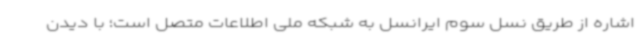
اشاره از طریق نسل سوم ایرانسل به شبکه ملی اطلاعات متصل است؛ با دیدن